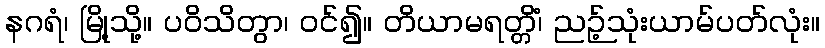
နဂရံ၊ မြို့သို့။ ပဝိသိတွာ၊ ဝင်၍။ တိယာမရတ္တိံ၊ ညဉ့်သုံးယာမ်ပတ်လုံး။